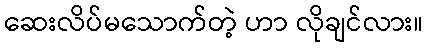
ဆေးလိပ်မသောက်တဲ့ ဟာ လိုချင်လား။